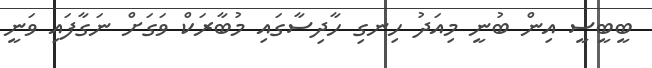
ބީބީސީ އިން ބުނީ މިއަދު ހިނގި ހާދިސާގައި މުބާރަކް ވަގަށް ނަގާފައި ވަނީ